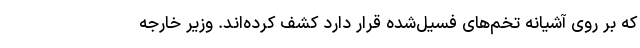
که بر روی آشیانه تخم‌های فسیل‌شده قرار دارد کشف کرده‌اند. وزیر خارجه